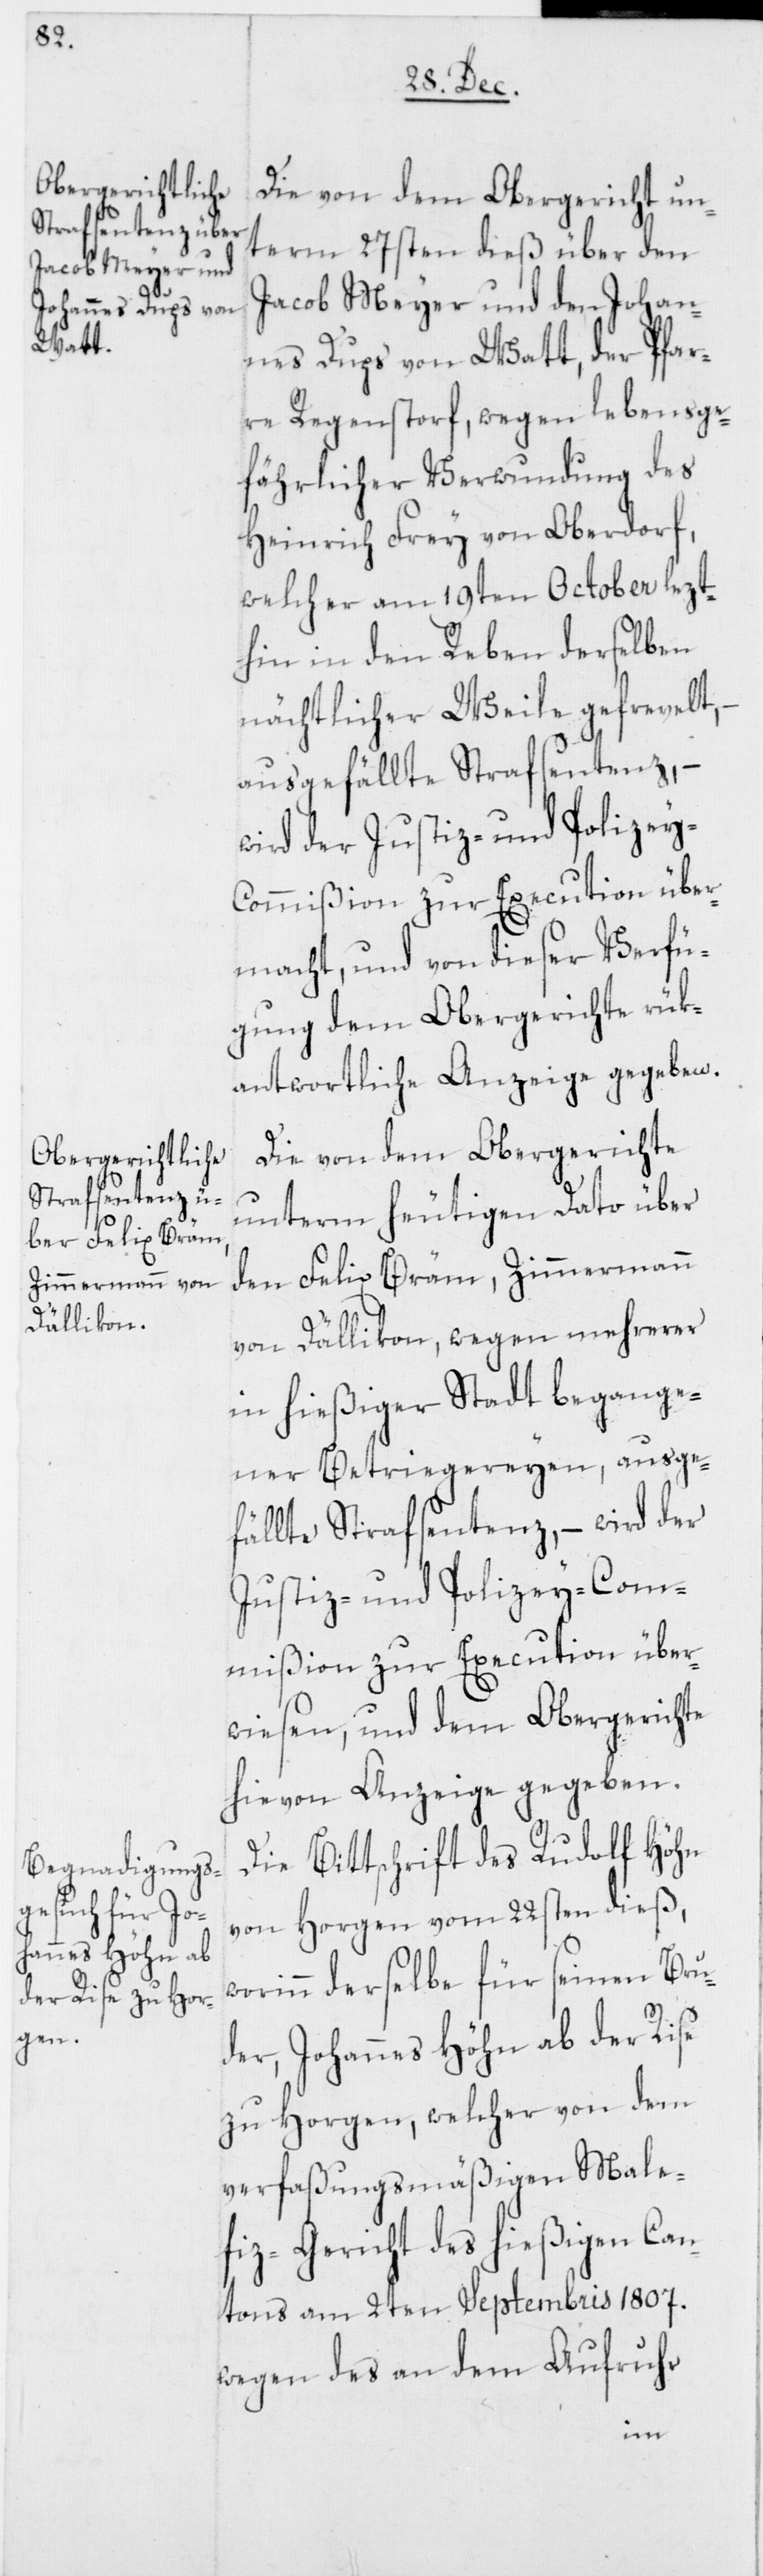
w¬

Die von dem Obergericht un¬
term 27sten dieß über den
Jacob Meyer und den Johan¬
nes Dups von Watt, der Pfar¬
re Regenstorf, wegen lebensge¬
fährlicher Verwundung des
Heinrich Frey von Oberdorf,
welcher am 19ten October lezt¬
hin in den Reben derselben
nächtlicher Weile gefrevelt,
ausgefällte Strafsentenz, –
wird der Justiz- und Polizey-C¬
ommißion zur Execution über¬
macht, und von dieser Verfü¬
gung dem Obergerichte rük¬
antwortliche Anzeige gegeben.
Die von dem Obergerichte
unterm heutigen Dato über
den Felix Bräm, Zimmermann
von Dällikon, wegen mehrerer
in hießiger Stadt begange¬
ner Betriegereyen, ausge¬
fällte Strafsentenz, – wird der
Justiz- und Polizey-Com¬
mißion zur Execution über¬
wiesen, und dem Obergerichte
hievon Anzeige gegeben.
Die Bittschrift des Rudolf Höhn
von Horgen vom 22sten dieß,
orinn derselbe für seinen Bru¬
der, Johannes Höhn ab der Rise
zu Horgen, welcher von dem
verfaßungsmäßigen Male¬
fiz-Gericht des hießigen Can¬
tons am 2ten Septembris 1807.
wegen des an dem Aufruhr